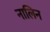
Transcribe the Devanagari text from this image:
नालिन